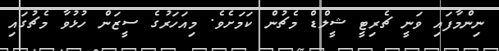
ނިންމާފައި ވަނީ ޗެރިޓީ ޝީލްޑް މެޗުން ކަމަށެވެ. މިއަހަރުގެ ސީޒަން ހުޅުވާ މެޗުގައި